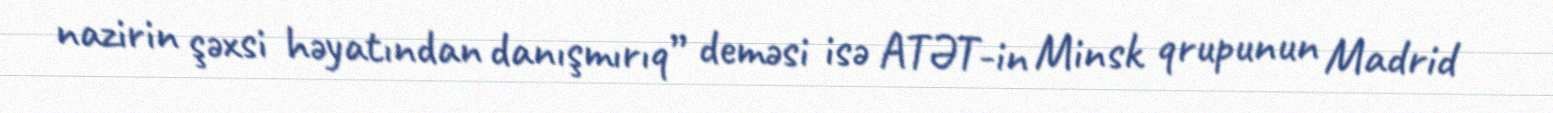
nazirin şəxsi həyatından danışmırıq” deməsi isə ATƏT-in Minsk qrupunun Madrid